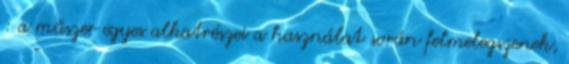
: a műszer egyes alkatrészei a használat során felmelegszenek,